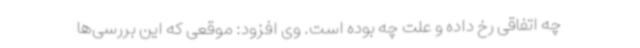
چه اتفاقی رخ داده و علت چه بوده است. وی افزود: موقعی که این بررسی‌ها